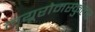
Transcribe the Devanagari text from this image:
नयूरोमस्कुलर